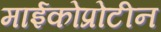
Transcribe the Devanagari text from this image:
माईकोप्रोटीन